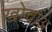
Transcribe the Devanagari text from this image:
खोचाअ